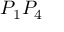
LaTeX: P _ { 1 } P _ { 4 }